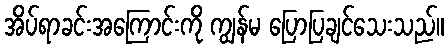
အိပ်ရာခင်းအကြောင်းကို ကျွန်မ ပြောပြချင်သေးသည်။